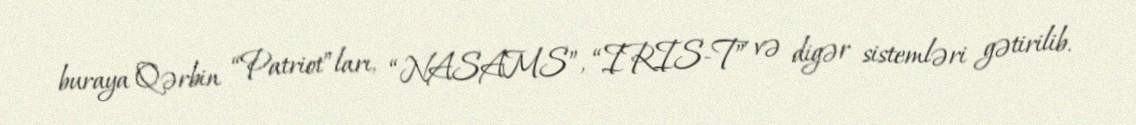
buraya Qərbin “Patriot”ları, “NASAMS”, “IRIS-T” və digər sistemləri gətirilib.